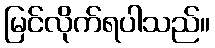
မြင်လိုက်ရပါသည်။